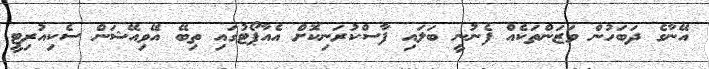
އޭނާގެ ދަބަހުން ވަޒަންތަކެއް ފެނުނީ ބަލައި ފާސްކުރަނިކޮށް އެއާޕޯޓުގައި ތިބޭ އޭވިއޭޝަން ސެކިއުރިޓީ